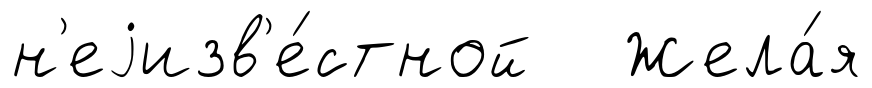
н'еjизв'е́стной Жела́я